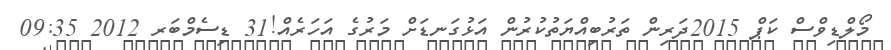
މޯލްޑިވްސް ކަޕް 2015ދަރިން ތަރުބިއްޔަތުކުރުން އަޅުގަނޑަށް މަރުގެ އަހަރެއް!31 ޑިސެމްބަރ 2012 09:35